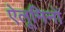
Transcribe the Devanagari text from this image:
ऐलूमिनों